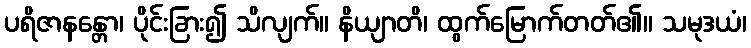
ပရိဇာနန္တော၊ ပိုင်းခြား၍ သိလျက်။ နိယျာတိ၊ ထွက်မြောက်တတ်၏။ သမုဒယံ၊